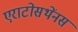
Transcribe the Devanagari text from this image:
एराटोसथेंनस